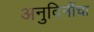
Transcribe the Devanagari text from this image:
अनुदिनींचा